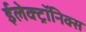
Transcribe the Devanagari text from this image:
ईलेक्ट्रॉनिक्स